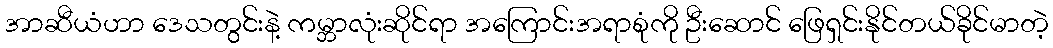
အာဆီယံဟာ ဒေသတွင်းနဲ့ ကမ္ဘာလုံးဆိုင်ရာ အကြောင်းအရာစုံကို ဦးဆောင် ဖြေရှင်းနိုင်တယ်ခိုင်မာတဲ့